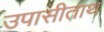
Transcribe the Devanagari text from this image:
उपासीताथ